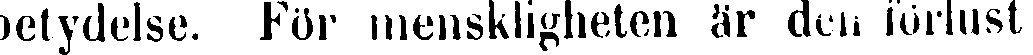
betydelse. För menskligheten är den förlust